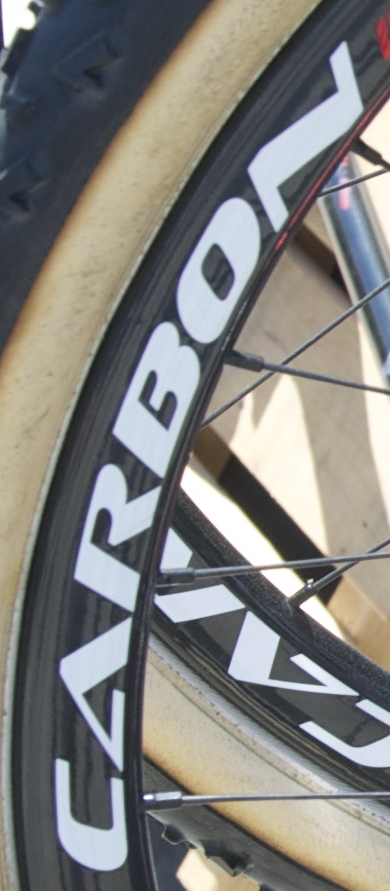
CARBON